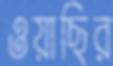
ওয়াছির